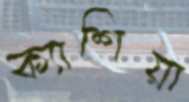
ক্যাশিয়া